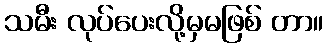
သမီး လုပ်ပေးလို့မှမဖြစ် တာ။